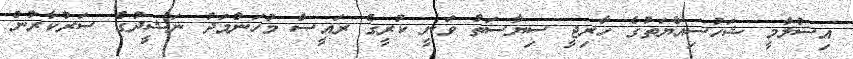
އިސްލާމީ ޝަހުސިއްޔަތުގެ ހާރިޖީ ސިޔާސަތު ވަނީ ކުރީގެ ރައީސް މުހަންމަދު ނަޝީދުގެ ސަރުކާރުން